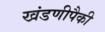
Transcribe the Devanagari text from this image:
खंडणीपैकी